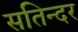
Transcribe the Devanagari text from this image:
सतिन्दर